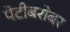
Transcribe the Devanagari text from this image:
पेटीबरोबर